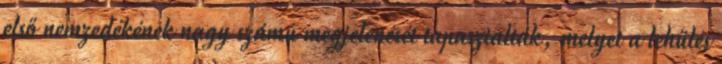
első nemzedékének nagy számú megjelenését tapasztalták, melyet a lehűlés